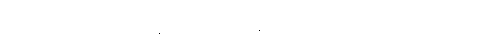
ရှေ့နေ ဦးစိုးမြင့် (ညွန့်ပေါင်းဈေး) နဲ့ အတူ မိုးကုတ် ရုံးချိန်းက အပြန် ကားမှောက်လို့ ကျွန်တော့်မှာ ခြေတွေ